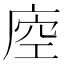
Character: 𢈵